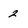
Character: 2